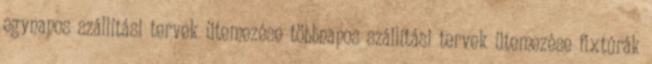
egynapos szállítási tervek ütemezése többnapos szállítási tervek ütemezése fixtúrák